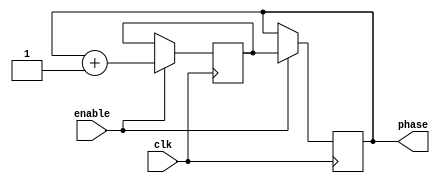
module gray_counter_clock_divider (
    input wire clk,
    input wire enable,
    output wire [3:0] phase
);

reg [3:0] count;
reg [3:0] next_count;

always @(posedge clk) begin
    if (enable) begin
        next_count = count + 1;
    end
end

always @(posedge clk) begin
    if (enable) begin
        count <= next_count;
    end
end

assign phase = count;

endmodule